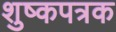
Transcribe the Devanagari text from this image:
शुष्कपत्रक